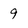
Character: 9